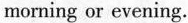
morning or evening.